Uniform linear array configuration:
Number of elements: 12
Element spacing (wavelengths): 0.75
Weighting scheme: hamming
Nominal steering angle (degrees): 30
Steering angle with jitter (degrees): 28.328
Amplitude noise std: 0.05
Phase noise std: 0.05

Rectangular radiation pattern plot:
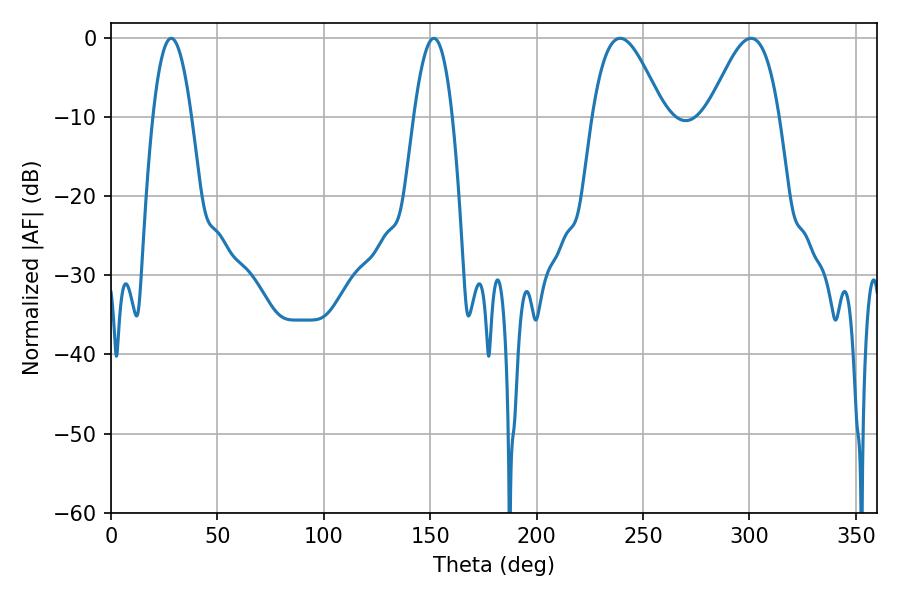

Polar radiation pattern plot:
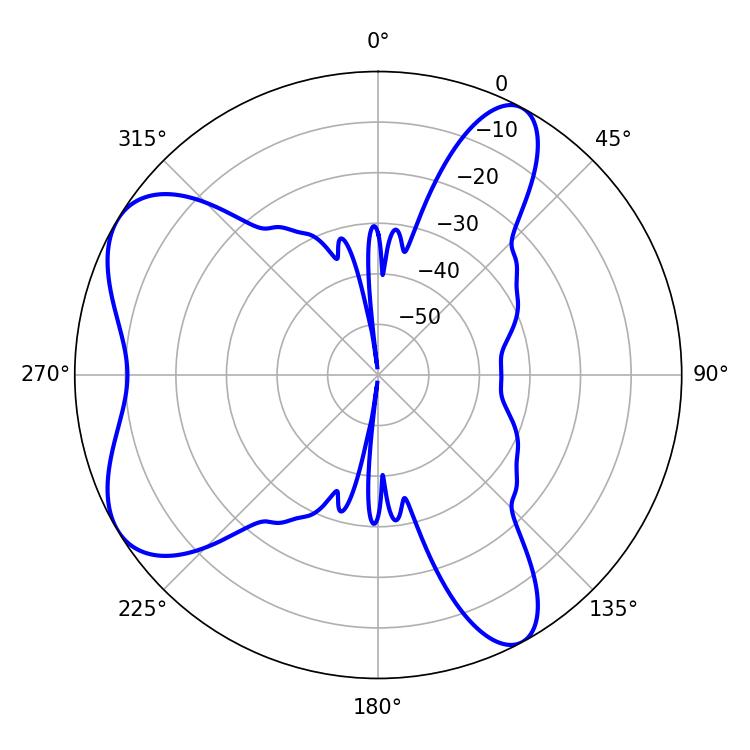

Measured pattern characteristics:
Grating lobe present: TRUE
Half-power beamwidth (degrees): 18
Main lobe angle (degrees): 239.22